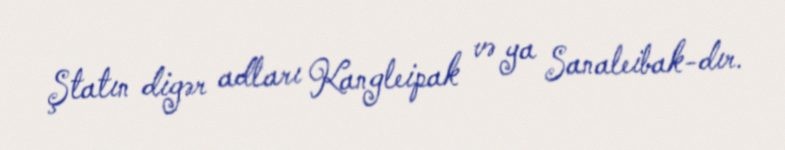
Ştatın digər adları Kangleipak və ya Sanaleibak-dır.